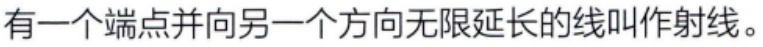
有一个端点并向另一个方向无限延长的线叫作射线。